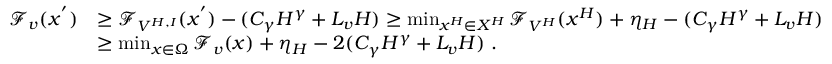
\begin{array} { r l } { { \mathcal F } _ { v } ( x ^ { ' } ) } & { \geq { \mathcal F } _ { V ^ { H , I } } ( x ^ { ' } ) - ( C _ { \gamma } H ^ { \gamma } + L _ { v } H ) \geq \operatorname* { m i n } _ { x ^ { H } \in X ^ { H } } { \mathcal F } _ { V ^ { H } } ( x ^ { H } ) + \eta _ { H } - ( C _ { \gamma } H ^ { \gamma } + L _ { v } H ) } \\ & { \geq \operatorname* { m i n } _ { x \in \Omega } { \mathcal F } _ { v } ( x ) + \eta _ { H } - 2 ( C _ { \gamma } H ^ { \gamma } + L _ { v } H ) \ . } \end{array}